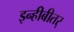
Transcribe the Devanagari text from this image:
इन्हीबीतर्